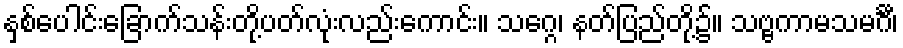
နှစ်ပေါင်းခြောက်သန်းတို့ပတ်လုံးလည်းကောင်း။ သဂ္ဂေ၊ နတ်ပြည်တို့၌။ သဗ္ဗကာမသမင်္ဂီ၊